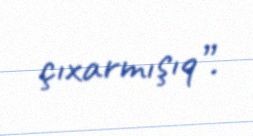
çıxarmışıq”.